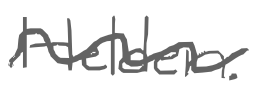
Text: Helden.
Cross-out: wave
Writing tool: digital_gray